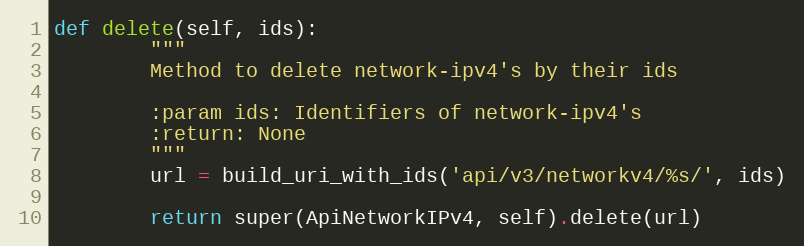
Language: Python
def delete(self, ids):
        """
        Method to delete network-ipv4's by their ids

        :param ids: Identifiers of network-ipv4's
        :return: None
        """
        url = build_uri_with_ids('api/v3/networkv4/%s/', ids)

        return super(ApiNetworkIPv4, self).delete(url)